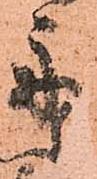
舟